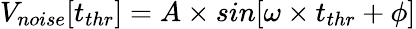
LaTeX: V_{noise}[t_{thr}]=A\times sin[\omega\times t_{thr}+\phi]